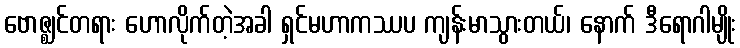
ဗောဇ္ဈင်တရား ဟောလိုက်တဲ့အခါ ရှင်မဟာကဿပ ကျန်းမာသွားတယ်၊ နောက် ဒီရောဂါမျိုး